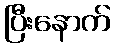
ပြီးနောက်